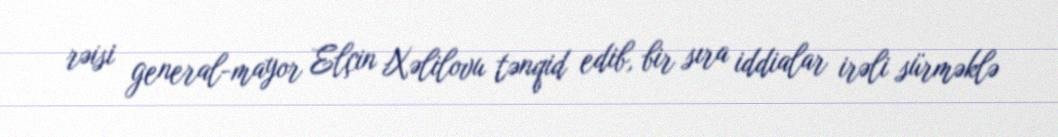
rəisi general-mayor Elçin Xəlilovu tənqid edib, bir sıra iddialar irəli sürməklə